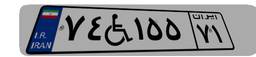
۷۴W۱۵۵۷۱